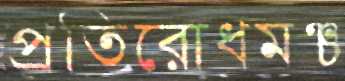
প্রতিরোধমঞ্চ